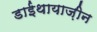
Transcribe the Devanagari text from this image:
डाईथायाज़ीन